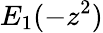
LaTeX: E_{1}(-z^{2})